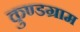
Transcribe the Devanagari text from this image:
कुण्डग्राम